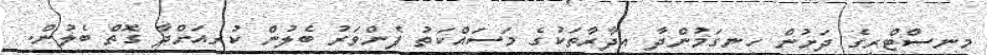
މިނިސްޓްރީގެ ދަށުން ހިނގަމުންދާ އިދާރާތަކުގެ މަސައްކަތު ފެންވަރު ބެލުން ކުރިއަށްދާ ގޮތް ބެލުން.